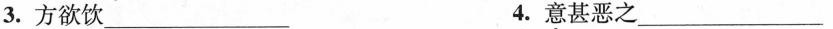
3.方欲饮___ 4.意甚恶之___